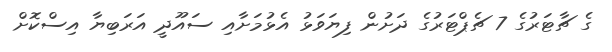
ގެ ޗާޓަރުގެ 7 ޗެޕްޓަރުގެ ދަށުން ފިޔަވަޅު އެޅުމަށާއި ސައޫދީ އަރަބިޔާ އިސްކޮށް